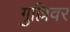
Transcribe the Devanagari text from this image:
गुल्लिवर